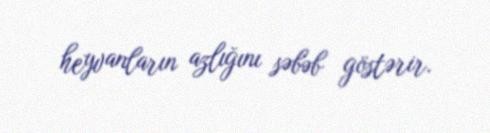
heyvanların azlığını səbəb göstərir.